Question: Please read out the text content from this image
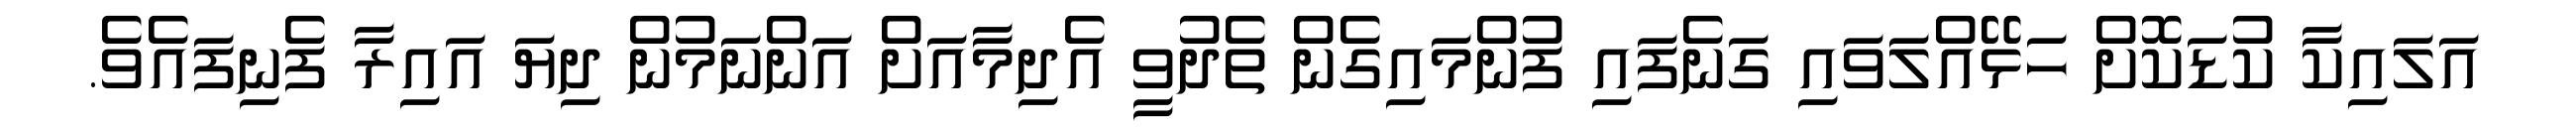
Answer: އަލައިކާ ކުޑަކޮށް ހަޅޭއްލަވައި ގަނެފައި ފުންމައިގެން ތެދުވީ އެދިމާއަށް އަންނަމުން ދިޔަ އައިރާ ފެނިފައެވެ.